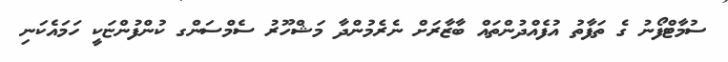
ސުމާޓްފޯނު ގެ ތަފާތު އުފެއްދުންތައް ބާޒާރަށް ނެރެމުންދާ މަޝްހޫރު ސެމްސަންގ ކުންފުންޏަކީ ހަމައެކަނި